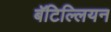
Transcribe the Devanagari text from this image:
बॅटिल्लियन